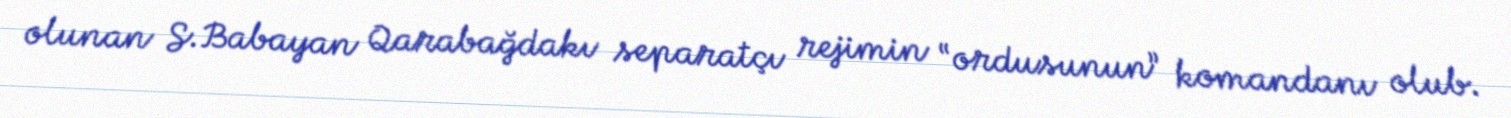
olunan S.Babayan Qarabağdakı separatçı rejimin “ordusunun” komandanı olub.